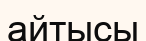
айтысы